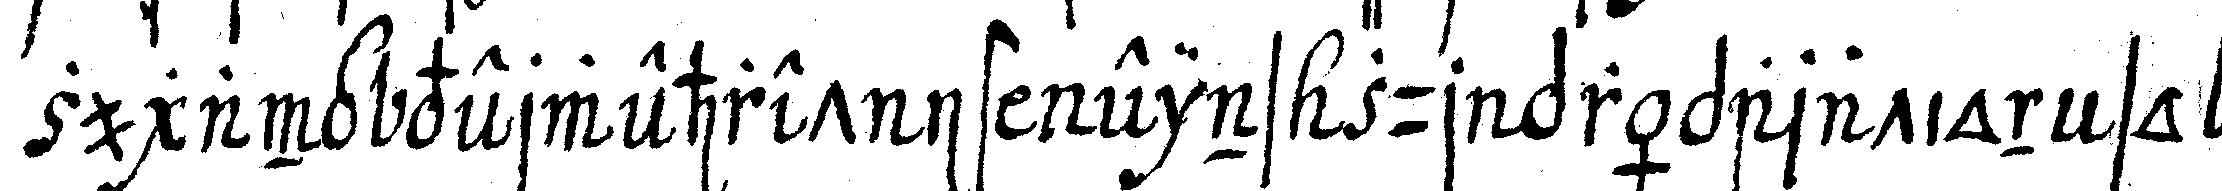
zugang verwehret ist eins zur präparation so